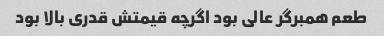
طعم همبرگر عالی بود اگرچه قیمتش قدری بالا بود